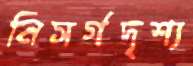
নিসর্গদৃশ্য